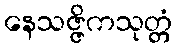
နေသဇ္ဇိကသုတ္တံ